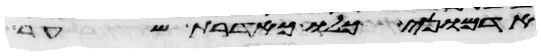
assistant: אדמוני כלו כאדרת שער